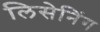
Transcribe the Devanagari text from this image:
लिसेनिंग